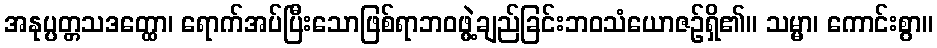
အနုပ္ပတ္တသဒတ္ထော၊ ရောက်အပ်ပြီးသောဖြစ်ရာဘဝဖွဲ့ချည်ခြင်းဘဝသံယောဇဉ်ရှိ၏။ သမ္မာ၊ ကောင်းစွာ။